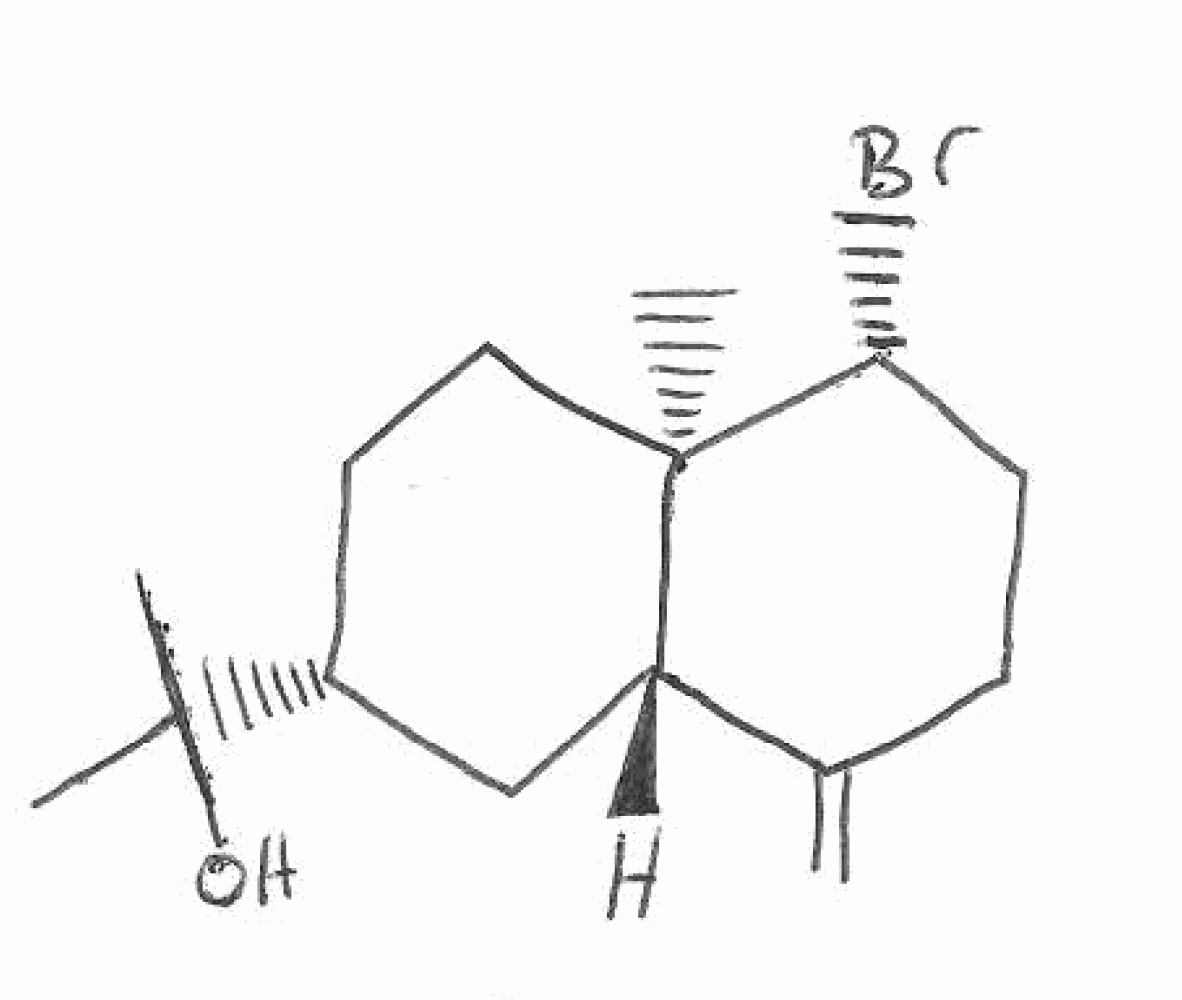
Simplified molecular-input line-entry system (SMILES) notation of the given molecule:
C[C@@]12CC[C@H](C[C@H]1C(=C)CC[C@H]2Br)C(C)(C)O